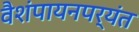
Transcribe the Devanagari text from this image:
वैशंपायनपर्यंत